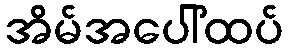
အိမ်အပေါ်ထပ်